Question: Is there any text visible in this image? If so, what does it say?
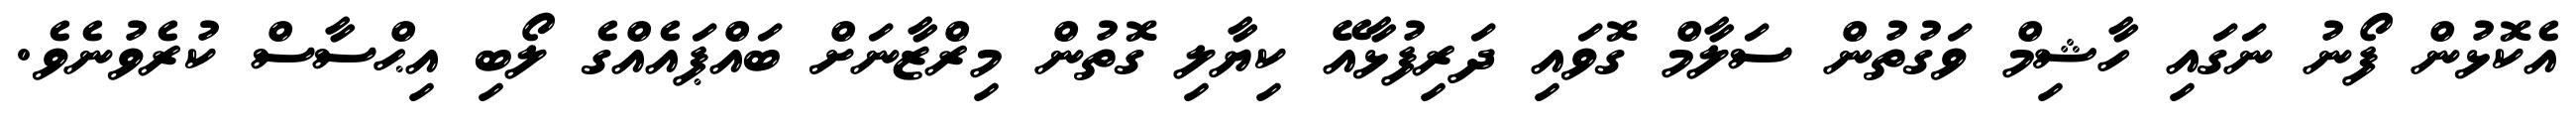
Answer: އެކޮޅުން ފޯނު ނަގައި ހާޝިމް ވަގުތުން ސަލާމް ގޮވައި ދަރިފުޅާއޭ ކިޔާލި ގޮތުން މިރްޒާނަށް ބައްޕައެއްގެ ލޯބި އިޙްސާސް ކުރެވުނެވެ.